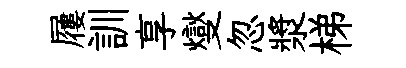
屨訓享燮忽漿梯